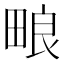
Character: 𬏊